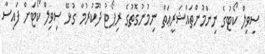
ސިވިލް ކޯޓުގެ ނިންމުންތައްޝަރީޢަތް ނިމުނުގޮތުގެ ރިޕޯޓު ދޫކުރުމާ ގުޅޭ ސިވިލް ކޯޓަށް ފައިސާ